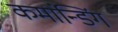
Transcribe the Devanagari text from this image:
कमांन्डिंग